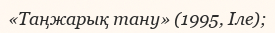
«Таңжарық тану» (1995, Іле);